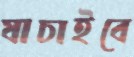
যাচাইবে